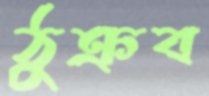
ঠুক্‌রব